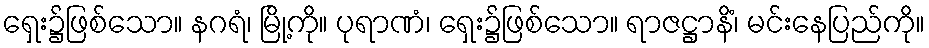
ရှေး၌ဖြစ်သော။ နဂရံ၊ မြို့ကို။ ပုရာဏံ၊ ရှေး၌ဖြစ်သော။ ရာဇဋ္ဌာနိံ၊ မင်းနေပြည်ကို။